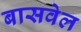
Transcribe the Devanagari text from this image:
बासवेल